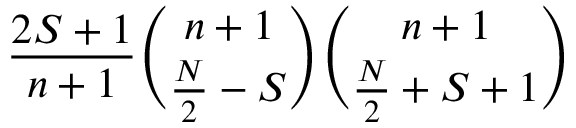
\displaystyle \frac { 2 S + 1 } { n + 1 } \binom { n + 1 } { \frac { N } { 2 } - S } \binom { n + 1 } { \frac { N } { 2 } + S + 1 }